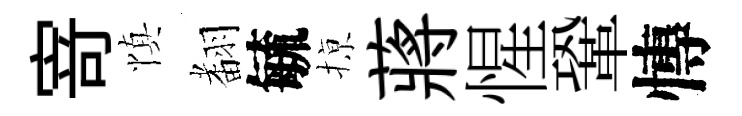
𭔃慎𮋒毓𢱊蔣惺鞏慱